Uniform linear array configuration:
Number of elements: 64
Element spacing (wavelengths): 1
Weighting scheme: binomial
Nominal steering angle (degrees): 30
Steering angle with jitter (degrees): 31.081
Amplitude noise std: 0.05
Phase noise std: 0.05

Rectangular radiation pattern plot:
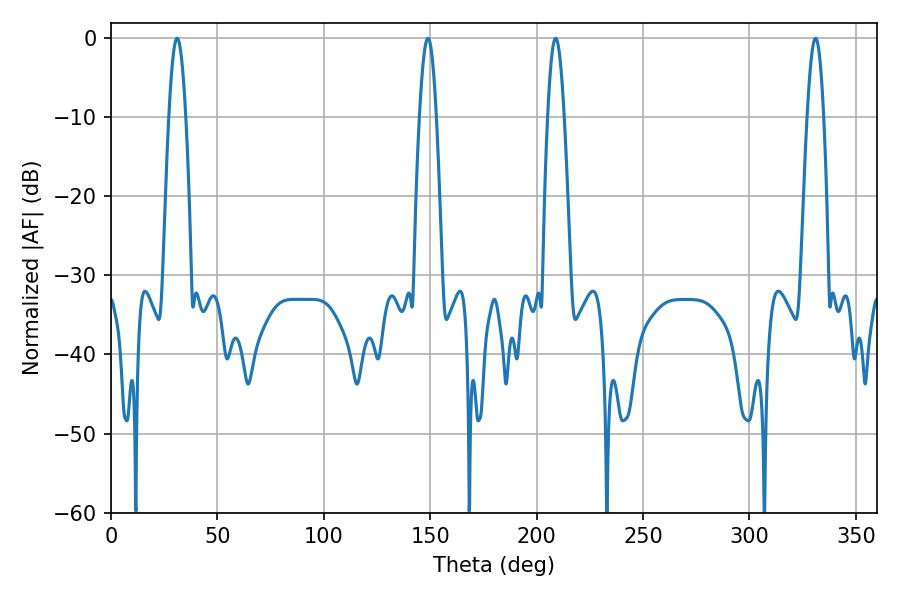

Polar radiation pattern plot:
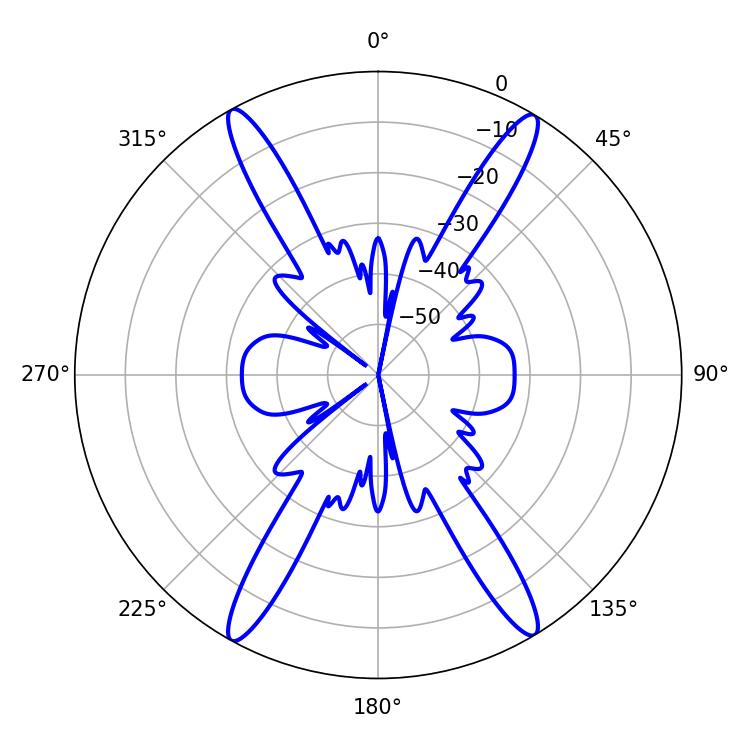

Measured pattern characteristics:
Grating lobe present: TRUE
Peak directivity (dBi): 24.627
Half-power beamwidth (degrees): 4.14
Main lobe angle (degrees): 208.98